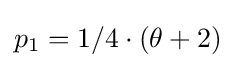
p_{1}=1/4\cdot (\theta +2)